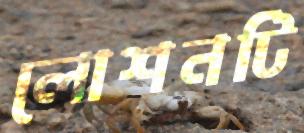
লোশনটি